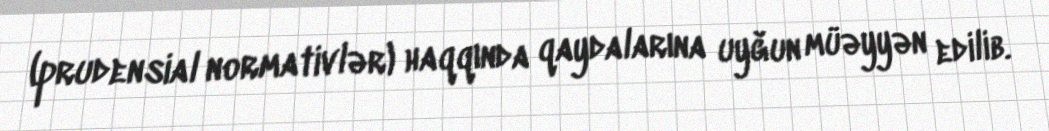
(prudensial normativlər) haqqında qaydalarına uyğun müəyyən edilib.